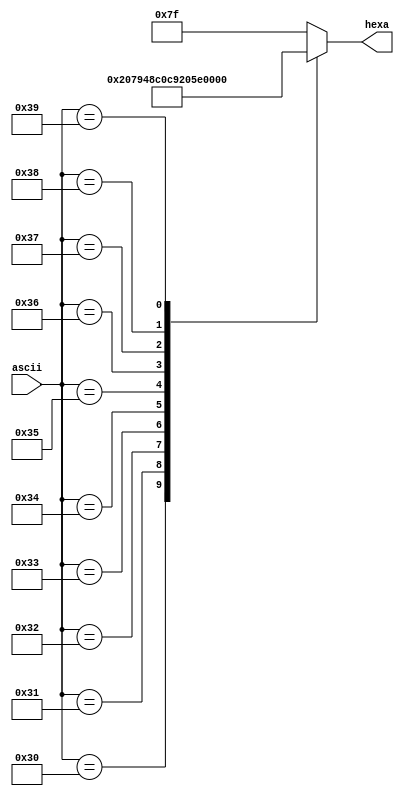
module display (
    input  wire [7:0] ascii,
    output reg  [6:0] hexa
);

  always @(*) begin
    case (ascii)
      8'h30:   hexa = 7'b1000000;  // 0
      8'h31:   hexa = 7'b1111001;  // 1
      8'h32:   hexa = 7'b0100100;  // 2
      8'h33:   hexa = 7'b0110000;  // 3
      8'h34:   hexa = 7'b0011001;  // 4
      8'h35:   hexa = 7'b0010010;  // 5
      8'h36:   hexa = 7'b0000010;  // 6
      8'h37:   hexa = 7'b1111000;  // 7
      8'h38:   hexa = 7'b0000000;  // 8
      8'h39:   hexa = 7'b0010000;  // 9
      default: hexa = 7'b1111111;  // Blank
    endcase
  end

endmodule